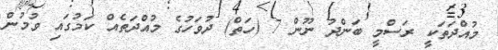
މުއްދަތަކީ ރަސްމީ ބަންދު ނޫން 7 (ހަތް) ދުވަހުގެ މުއްދަތެއް ކަމުގައި ވުމުން